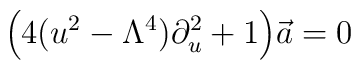
\Big(4(u^2-\Lambda^4)\partial_u^2 + 1\Big) \vec a = 0